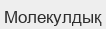
Молекулдық